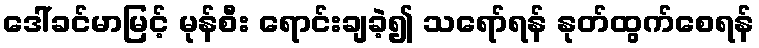
ဒေါ်ခင်မာမြင့် မုန်စီး ရောင်းချခဲ့၍ သရော်ရန် နုတ်ထွက်စေရန်